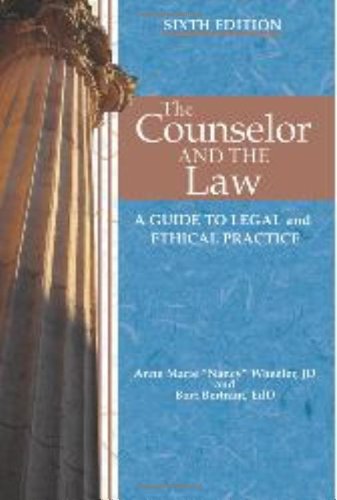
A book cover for The Counselor and the Law: A Guide to Legal and Ethical Practice; Anne Marie Wheeler; Law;